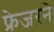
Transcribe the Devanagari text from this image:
फ्रेजरने